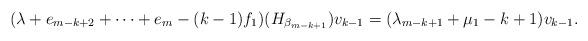
LaTeX: \begin{align*} ( \lambda + e_{m-k+2} + \cdots + e_m -(k-1) f_1 ) ( H_{ \beta _{m-k+1} }) v_{k-1} = ( \lambda _{m-k+1} + \mu _1 -k+1) v_{k-1}.\end{align*}